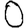
Digit: 0